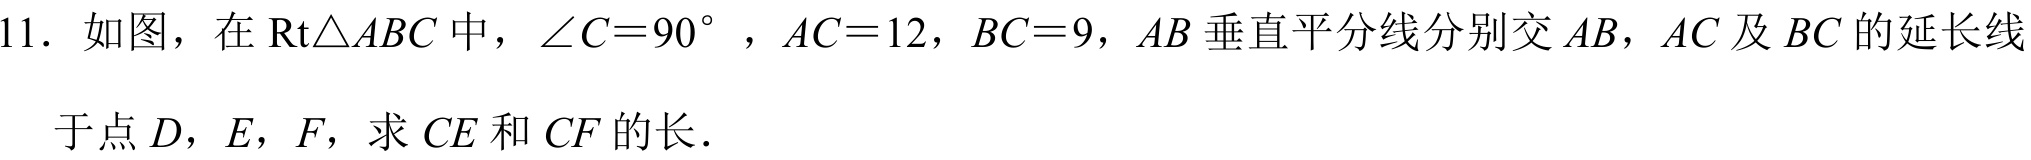
11. 如图，在\(\text{Rt}\triangle ABC\) 中，\(\angle C = 90^{\circ}\)，\(AC = 12\)，\(BC = 9\)，\(AB\) 垂直平分线分别交 \(AB\)，\(AC\) 及 \(BC\) 的延长线于点 \(D\)，\(E\)，\(F\)，求 \(CE\) 和 \(CF\) 的长．